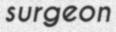
surgeon